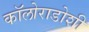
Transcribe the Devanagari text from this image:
कॉलोराडोशी